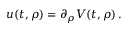
\begin{array} { r } { u ( t , \rho ) = \partial _ { \rho } V ( t , \rho ) \, . } \end{array}